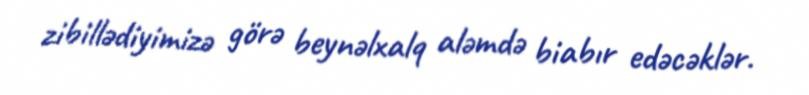
zibillədiyimizə görə beynəlxalq aləmdə biabır edəcəklər.